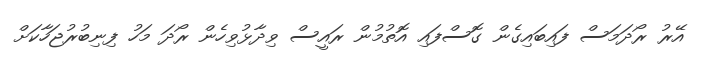
އޭރު ރޯދަމަސް ފައިބައިގެން ގޮސްފައި އޮތުމުން ރައީސް ވިދާޅުވިހެން ރޯދަ މަހު ފިނިބުރުޖަހާކަށް